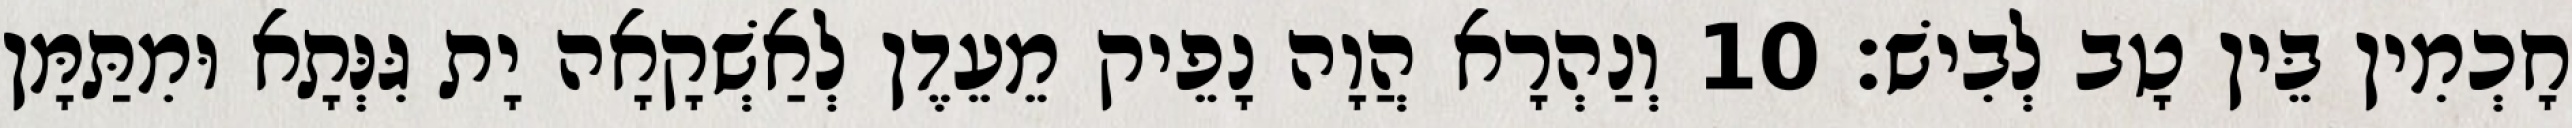
חָכְמִין בֵּין טָב לְבִישׁ׃ 10 וְנַהְרָא הֲוָה נָפֵיק מֵעֵדֶן לְאַשְׁקָאָה יָת גִּנְּתָא וּמִתַּמָּן